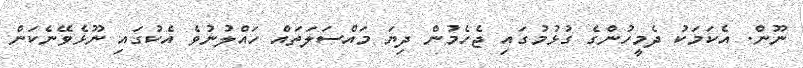
ނޫން. އެކަމަކު ދެމީހުންގެ ގުޅުމުގައި ޖެހެމުން ދިޔަ މައްސަލަތައް ހައްލުނުވެ އެކުގައި ނޫޅެވޭނެކަން